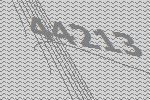
44213